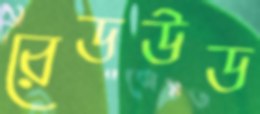
রেডউড